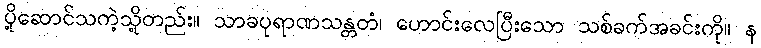
ပို့ဆောင်သကဲ့သို့တည်း။ သာခပုရာဏသန္တတံ၊ ဟောင်းလေပြီးသော သစ်ခက်အခင်းကို။ န